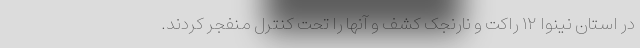
در استان نینوا ۱۲ راکت و نارنجک کشف و آنها را تحت کنترل منفجر کردند.